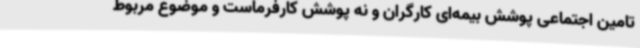
تامین اجتماعی پوشش بیمه‌ای کارگران و نه پوشش کارفرماست و موضوع مربوط